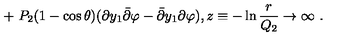
+ \ P _ { 2 } ( 1 - \cos \theta ) ( \partial y _ { 1 } { \bar { \partial } } \varphi - { \bar { \partial } } y _ { 1 } \partial \varphi ) , z \equiv - \ln { \frac { r } { Q _ { 2 } } } \to \infty \ .